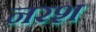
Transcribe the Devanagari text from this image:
नरश